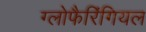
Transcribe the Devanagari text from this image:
ग्लोफैरिंगियल